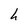
Character: h